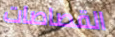
القصاصات